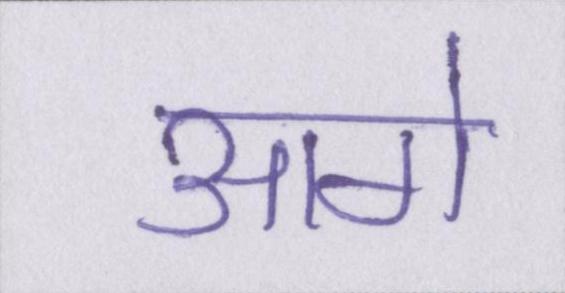
आगे